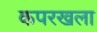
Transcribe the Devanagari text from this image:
कपरखला